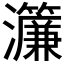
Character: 𤅄